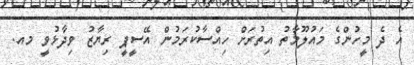
އެ ދެ މީހުންގެ މައުލޫމާތު އިތުރަށް ހިއްސާކުރަމުން އޭސީޕީ ރިޔާޒު ވިދާޅުވީ މއ.